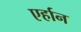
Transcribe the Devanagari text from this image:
एर्हान